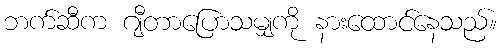
ဘက်ဆီက ဂျီတာပြောသမျှကို နားထောင်နေသည်။